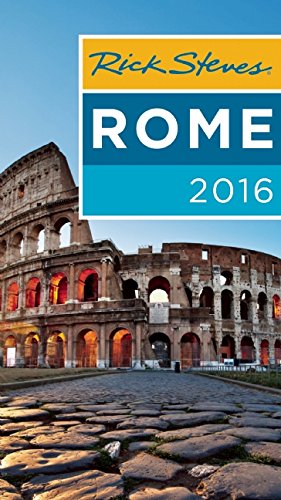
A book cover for Rick Steves Rome 2016; Rick Steves; Travel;